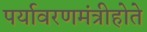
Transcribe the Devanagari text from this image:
पर्यावरणमंत्रीहोते